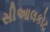
સીઆલકોટ